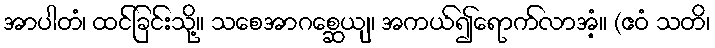
အာပါတံ၊ ထင်ခြင်းသို့။ သစေအာဂစ္ဆေယျ၊ အကယ်၍ရောက်လာအံ့။ (ဧဝံ သတိ၊